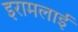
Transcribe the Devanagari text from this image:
इरामलाई